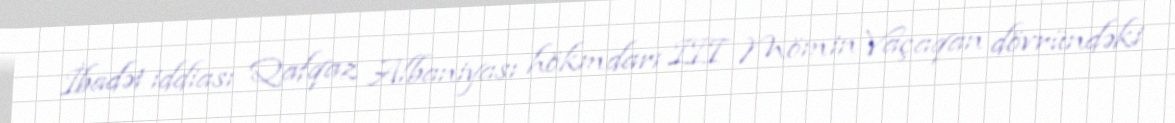
İbadət iddiası Qafqaz Albaniyası hökmdarı III Mömin Vaçaqan dövründəki